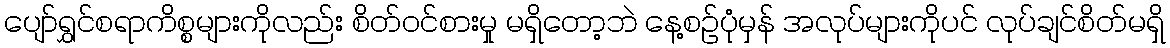
ပျော်ရွှင်စရာကိစ္စများကိုလည်း စိတ်ဝင်စားမှု မရှိတော့ဘဲ နေ့စဉ်ပုံမှန် အလုပ်များကိုပင် လုပ်ချင်စိတ်မရှိ